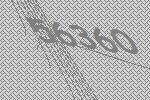
56360